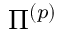
\Pi ^ { ( p ) }